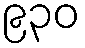
၉၃၀